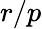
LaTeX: r/p